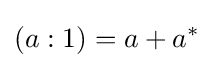
(a:1)=a+a^{*}